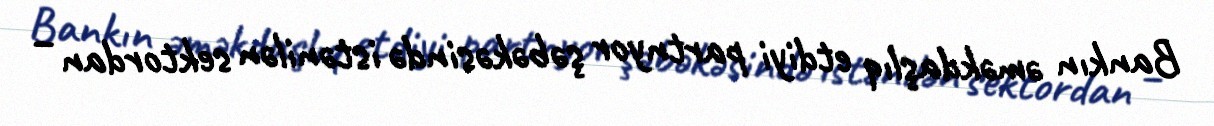
Bankın əməkdaşlıq etdiyi partnyor şəbəkəsində istənilən sektordan –